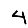
Digit: 4